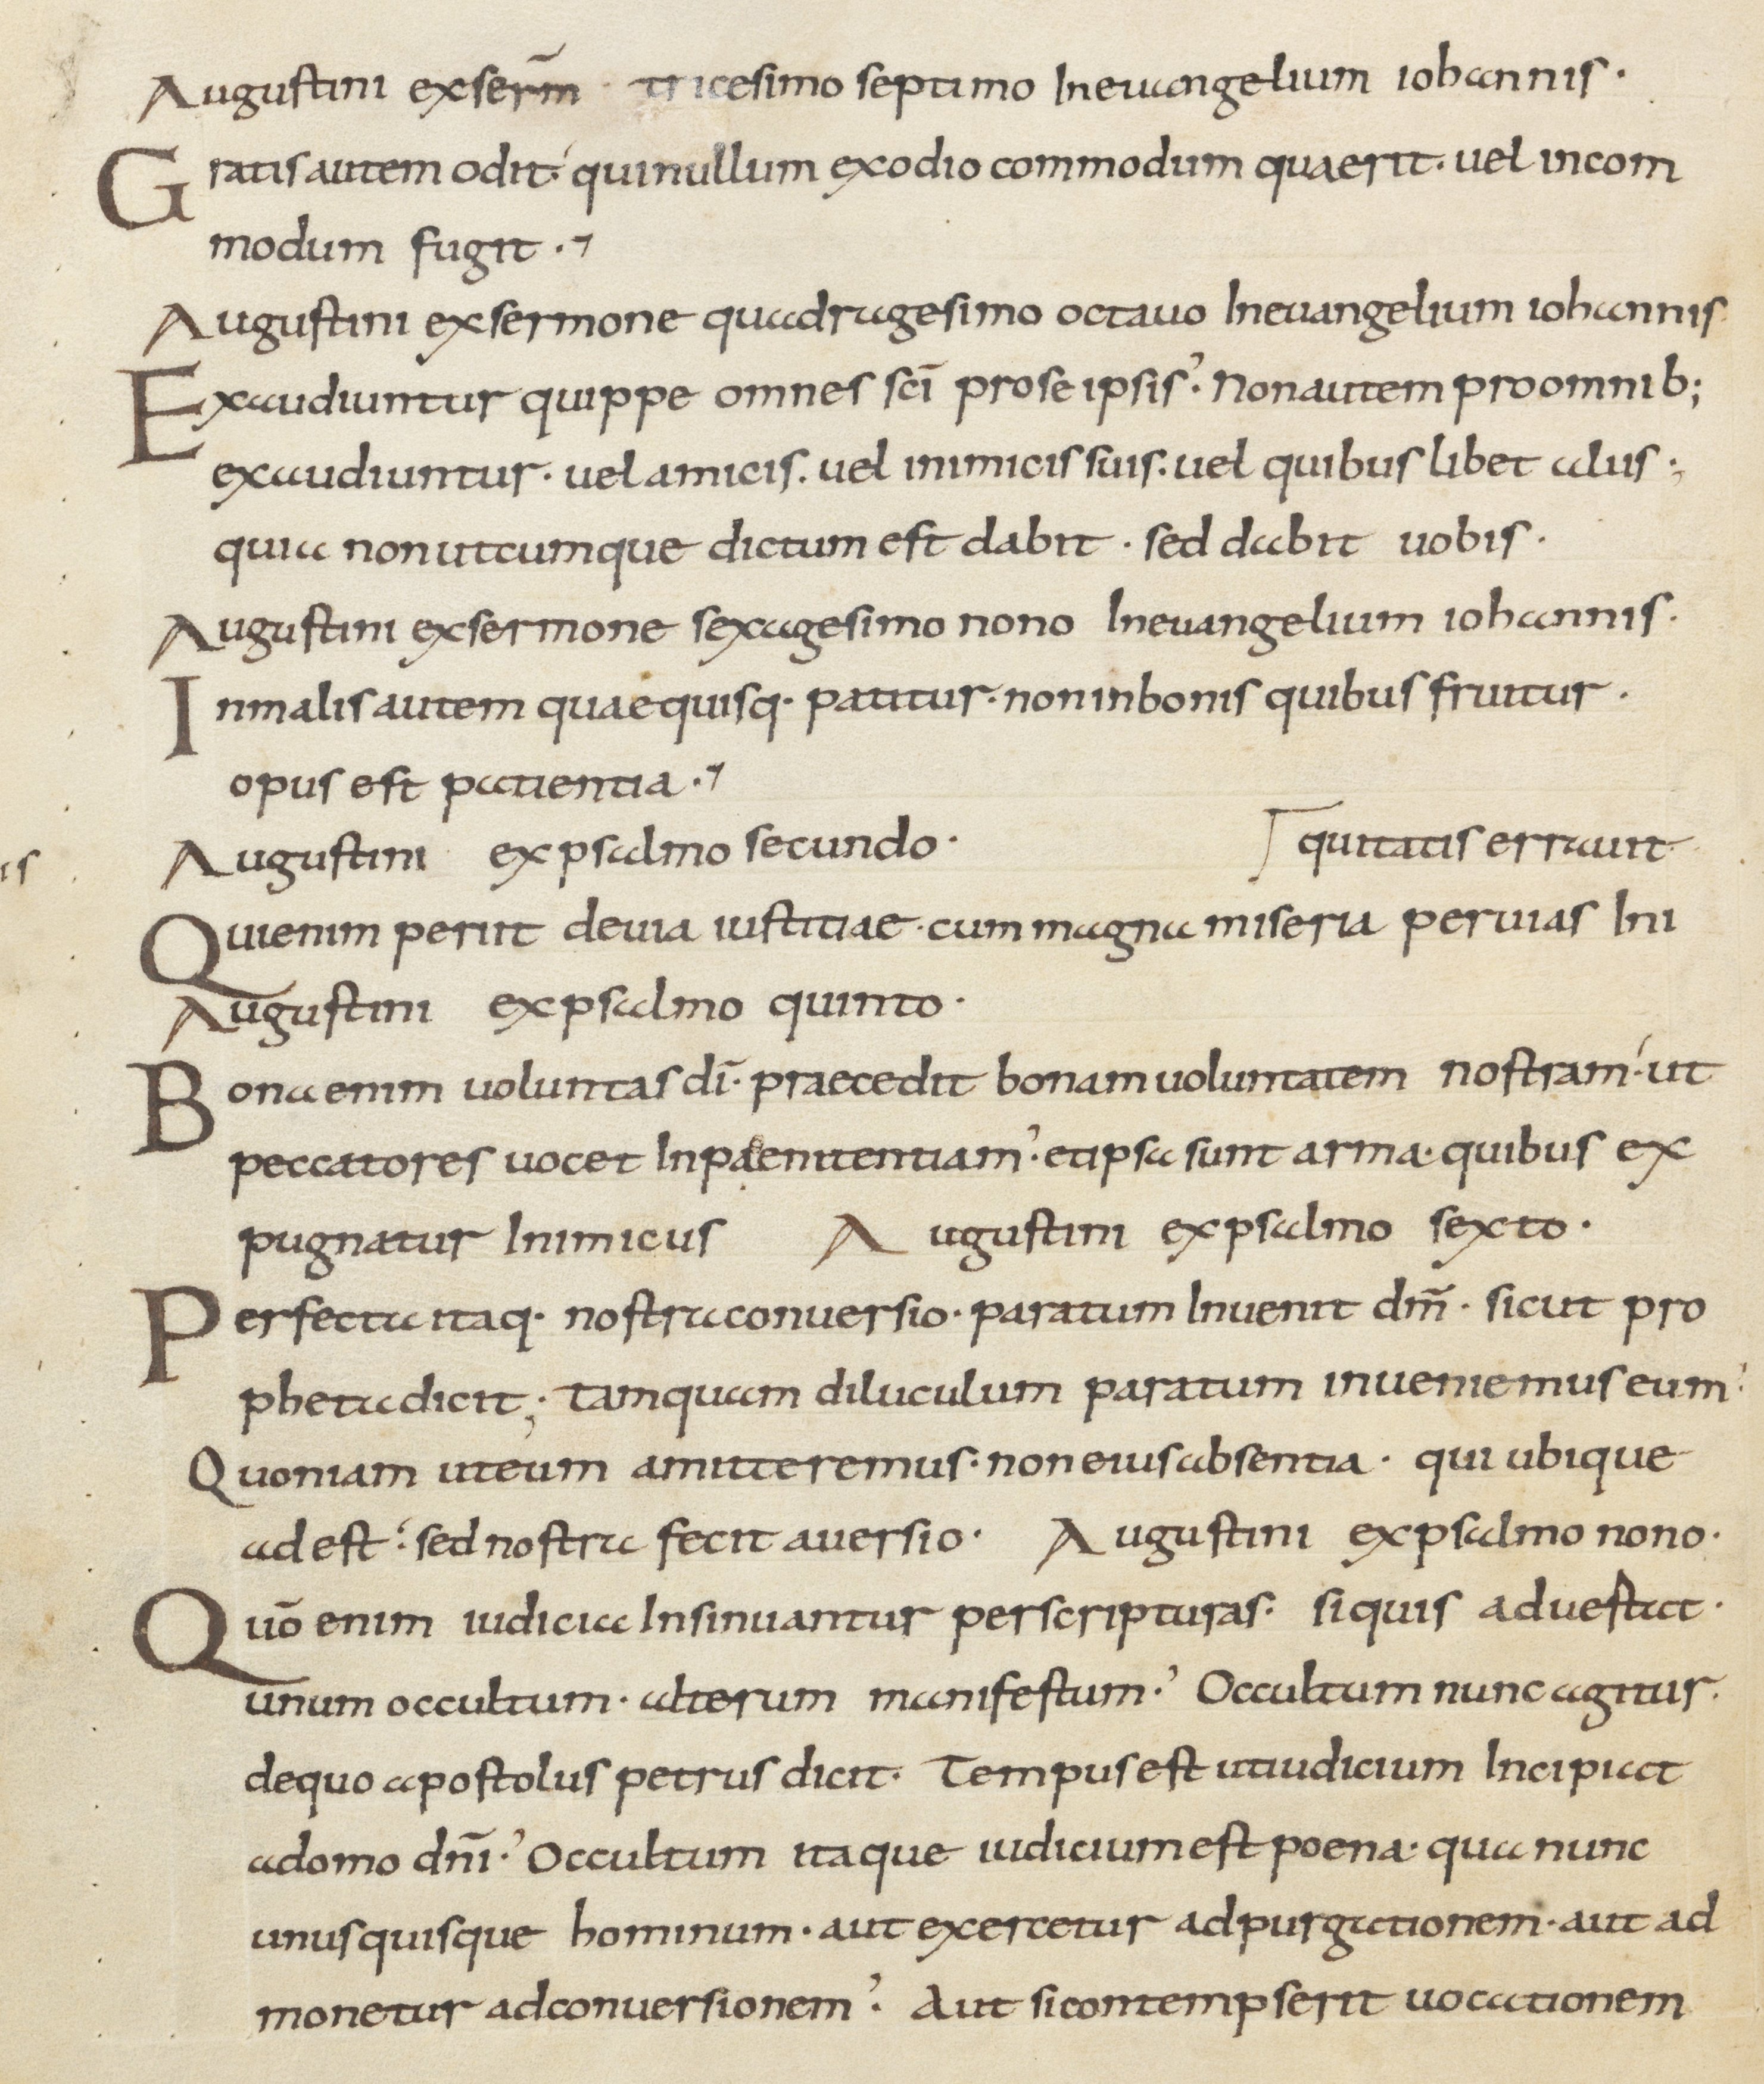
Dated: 800–899